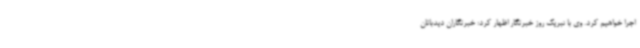
اجرا خواهیم کرد. وی با تبریک روز خبرنگار اظهار کرد: خبرنگاران دیدبانان